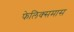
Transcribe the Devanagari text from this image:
फेलिक्समास